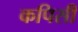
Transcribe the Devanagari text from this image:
कपिसी